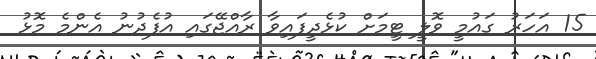
15 އަހަރު ގައުމީ ވޮލީ ޓީމަށް ކުޅެދީފައިވާ ރާއްޖޭގައި އުފެދުނު އެންމެ މޮޅު